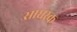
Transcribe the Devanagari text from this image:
साधस्क